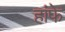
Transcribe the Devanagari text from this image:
हांफे